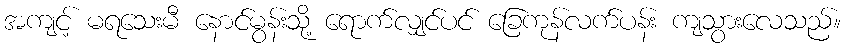
အကျင့် မရသေးမီ နောင်မွန်းသို့ ရောက်လျှင်ပင် ခြေကုန်လက်ပန်း ကျသွားလေသည်။